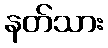
နတ်သား